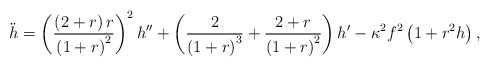
\begin{align*}\ddot{h}=\left( \frac{\left( 2+r\right) r}{\left( 1+r\right) ^{2}}\right) ^{2}h^{\prime \prime }+\left( \frac{2}{\left( 1+r\right) ^{3}}+\frac{2+r}{\left( 1+r\right) ^{2}}\right) h^{\prime }-\kappa ^{2}f^{2}\left( 1+r^{2}h \right) ,\end{align*}